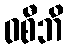
ဝစီဘိ